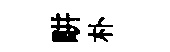
畊朴